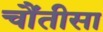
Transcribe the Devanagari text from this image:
चौंतीसा